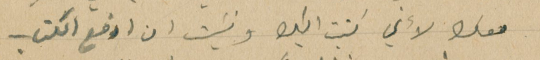
معك لأني اكتب اليك ونسَيت ان ارفع الكتاب